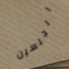
الجنسين